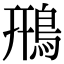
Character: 鳽